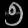
Digit: ၅